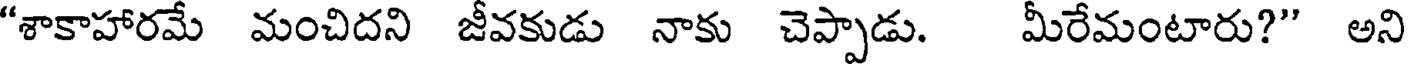
"శాకాహారమే మంచిదని జీవకుడు నాకు చెప్పాడు. మీరేమంటారు?" అని